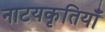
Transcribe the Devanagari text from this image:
नाटयकृतियाँ